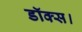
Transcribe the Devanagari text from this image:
डॉक्स।